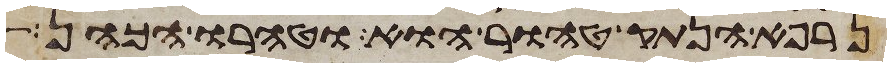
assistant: נרפא הנתק טהור הוא וטהרו הכהן